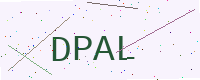
Text: DPAL